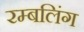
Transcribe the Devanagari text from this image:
रम्बलिंग